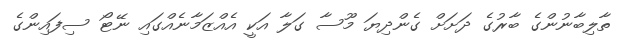
ތާލިބާނުންގެ ބާރުގެ ދަށަށް ގެންދިޔަ މޫސާ ގަލާ އަކީ އެއްޒަމާނެއްގައި ނޭޓޯ ސިފައިންގެ